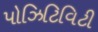
પોઝિટિવિટી